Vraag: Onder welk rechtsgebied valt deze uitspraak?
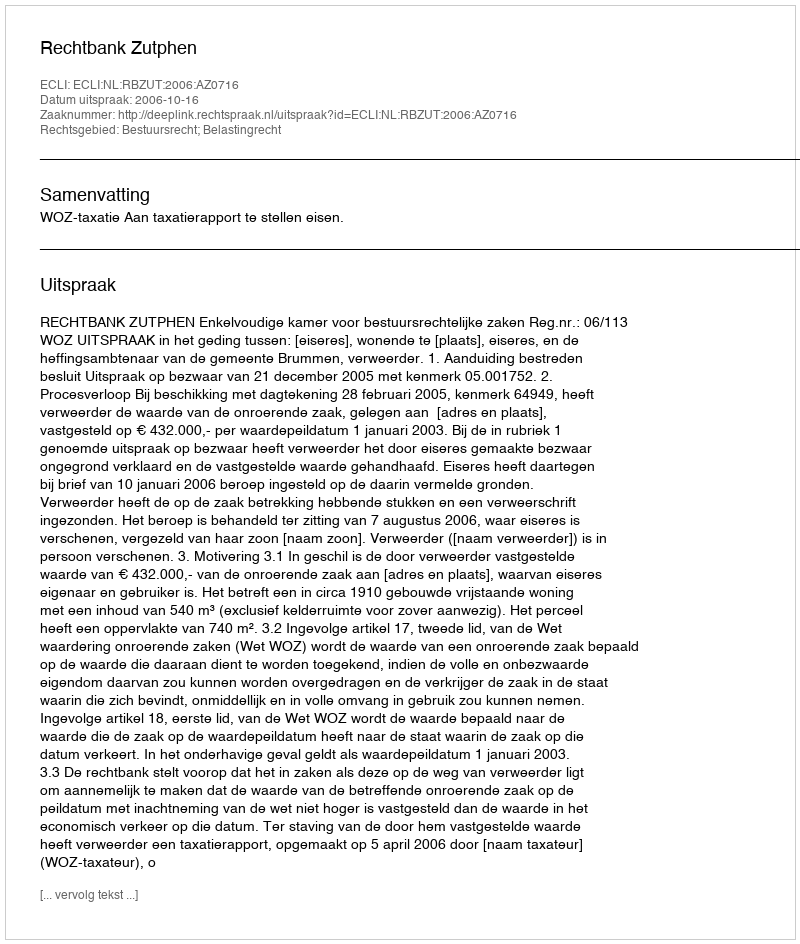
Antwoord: Bestuursrecht; Belastingrecht